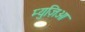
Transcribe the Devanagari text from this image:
म्युज़िओ